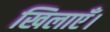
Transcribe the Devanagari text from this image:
खिलाएँ।